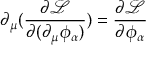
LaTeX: \partial _ { \mu } ( { \frac { \partial { \mathcal { L } } } { \partial ( \partial _ { \mu } \phi _ { \alpha } ) } } ) = { \frac { \partial { \mathcal { L } } } { \partial \phi _ { \alpha } } }